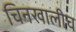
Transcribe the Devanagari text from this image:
चिनखालीच